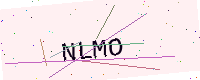
Text: NLMO